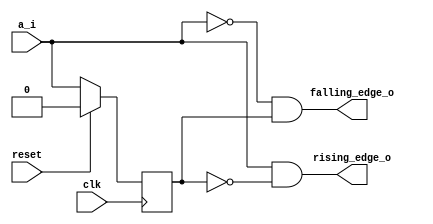
`timescale 1ns / 1ps
//////////////////////////////////////////////////////////////////////////////////
// Company: 
// Engineer: 
// 
// Design Name: 
// Module Name: Day_03
// Project Name: 
// Target Devices: 
// Tool Versions: 
// Description: 
// 
// Dependencies: 
// 
// Revision:
// Revision 0.01 - File Created
// Additional Comments:
// 
//////////////////////////////////////////////////////////////////////////////////


module Day_03(
input wire clk,reset ,a_i,
output  rising_edge_o,falling_edge_o);

reg q_prev;
always @(posedge clk )
begin 

if(reset==1'b1)
q_prev <=1'b0;

else
q_prev <= a_i;
end


// rising edge 
assign rising_edge_o = (a_i) && (~q_prev);
//falling edge 
assign falling_edge_o = (~a_i) &&( q_prev);


endmodule